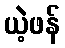
ယဲ့ဖန်